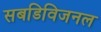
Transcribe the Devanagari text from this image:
सबडिविजनल